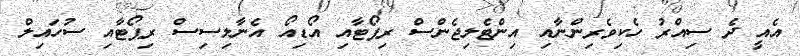
އެއީ ދެ ސިއްރު ހެކިވެރިންނާއި އިންޓެލިޖެންސް ރިޕޯޓާއި އޯޑިއޯ އެނާލިސިސް ރިޕޯޓާއި ސުހައިލް